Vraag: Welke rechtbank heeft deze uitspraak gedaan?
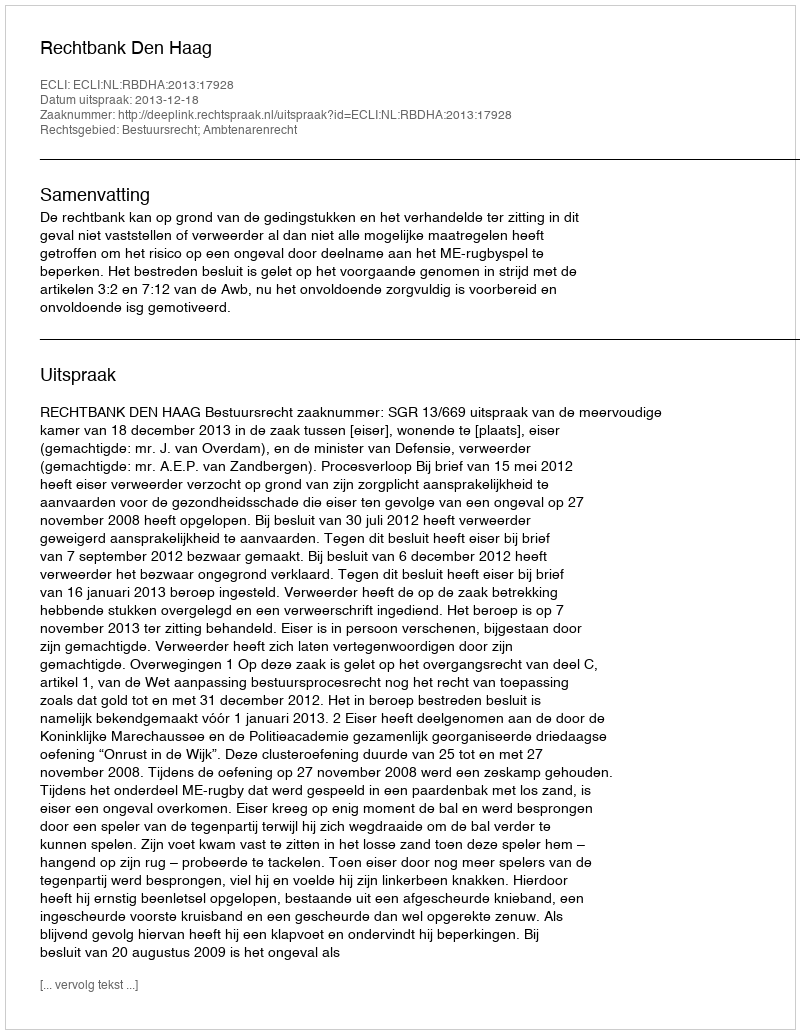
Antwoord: Rechtbank Den Haag